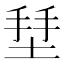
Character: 𱗄